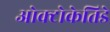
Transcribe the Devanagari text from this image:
ओक्टोकेतिडे